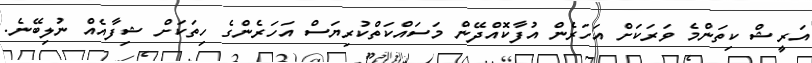
އަރީޝް ކިތަންމެ ވަރަކަށް އަހަރެން އުފާކޮއްދޭން މަސައްކަތްކުރިޔަސް އަހަރެންގެ ހިތަކަށް ޝިފާއެއް ނުލިބޭނެ.